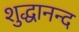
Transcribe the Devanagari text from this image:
शुद्धानन्द